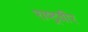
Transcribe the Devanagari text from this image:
राष्ट्रवीर